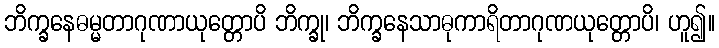
ဘိက္ခနေဓမ္မတာဂုဏာယုတ္တောပိ ဘိက္ခု၊ ဘိက္ခနေသာဓုကာရိတာဂုဏယုတ္တောပိ၊ ဟူ၍။